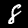
Label: 8